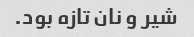
شیر و نان تازه بود.